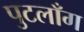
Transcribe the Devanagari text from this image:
पुटलाँग